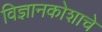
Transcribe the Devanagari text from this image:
विज्ञानकोशाचे